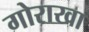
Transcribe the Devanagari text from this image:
गोराखा